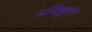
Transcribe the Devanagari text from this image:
पक्षिकुल